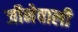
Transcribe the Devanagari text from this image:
जीनेवाली